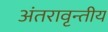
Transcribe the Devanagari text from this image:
अंतरावृन्तीय